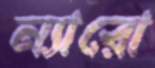
ন্যারো